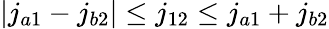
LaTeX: |j_{a1}-j_{b2}|\leq j_{12}\leq j_{a1}+j_{b2}